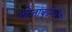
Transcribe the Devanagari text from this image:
फीताकृमिरोग।